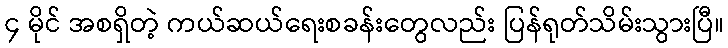
၄ မိုင် အစရှိတဲ့ ကယ်ဆယ်ရေးစခန်းတွေလည်း ပြန်ရုတ်သိမ်းသွားပြီ။